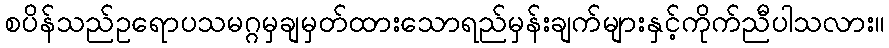
စပိန်သည်ဥရောပသမဂ္ဂမှချမှတ်ထားသောရည်မှန်းချက်များနှင့်ကိုက်ညီပါသလား။